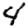
Digit: 4